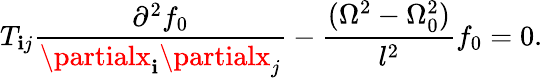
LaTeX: T_{\mathbf{i}j}\frac{{\partial^{2}f_{0}}}{{\partialx_{\mathbf{i}}\partialx_{j}}}-\frac{{(\Omega^{2}-\Omega_{0}^{2})}}{{l^{2}}}f_{0}=0.